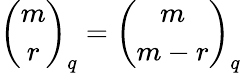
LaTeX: {\binom{m}{r}}_{q}={\binom{m}{m-r}}_{q}